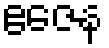
ဧဇေန